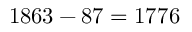
1 8 6 3 - 8 7 = 1 7 7 6